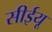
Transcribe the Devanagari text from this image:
सीईयू